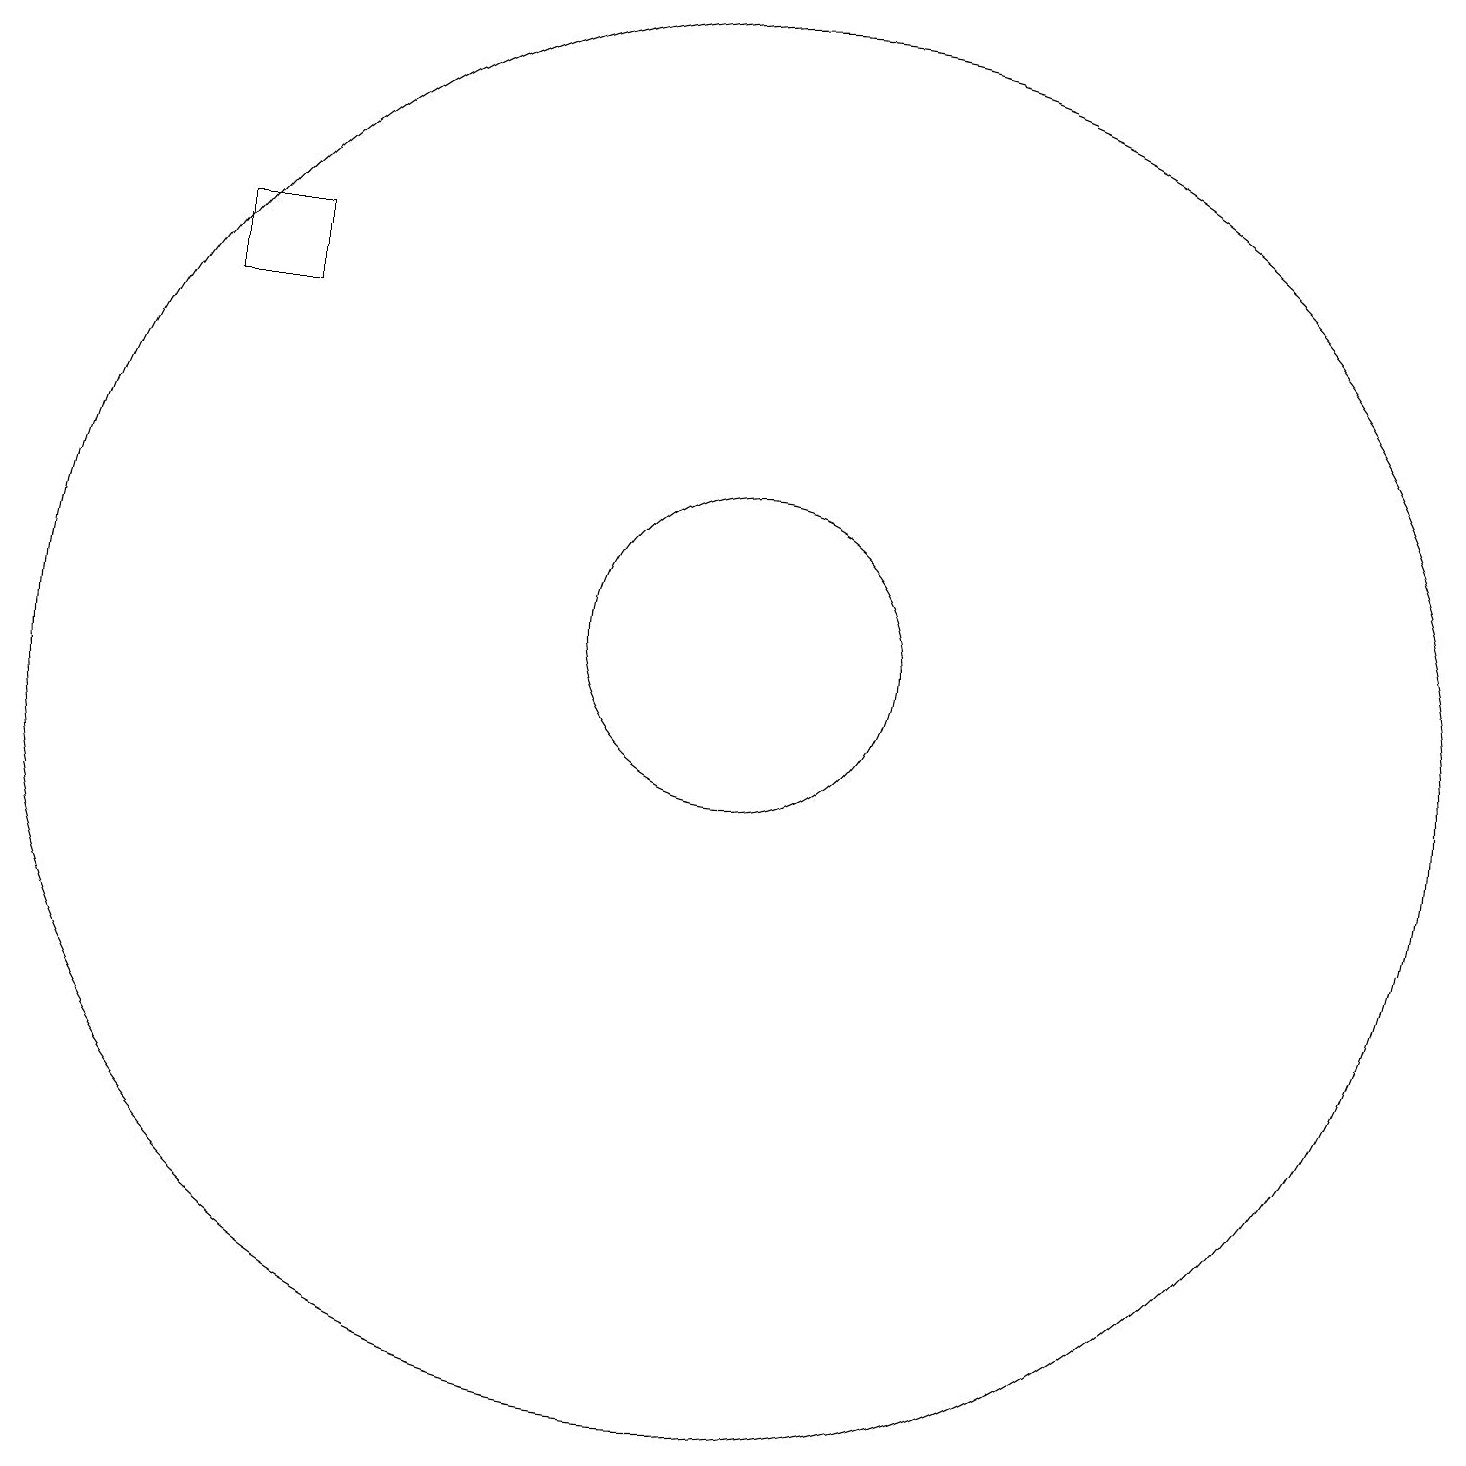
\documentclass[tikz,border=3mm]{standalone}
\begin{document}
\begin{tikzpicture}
\draw (5,15) rectangle (4,16);
\draw (11,10) circle (9);
\draw (11,11) circle (2);
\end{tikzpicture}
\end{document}